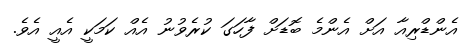
އެންޑްރިއާ އަށް އެންމެ ބޮޑަށް ފާހަގަ ކުރެވުނު އެއް ކަމަކީ އެއީ އެވެ.